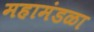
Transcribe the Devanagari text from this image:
महामंडळा